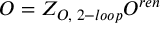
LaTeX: { \cal O } = Z _ { { \cal O } , \; 2 - l o o p } { \cal O } ^ { r e n }